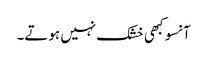
آنسو کبھی خشک نہیں ہوتے۔